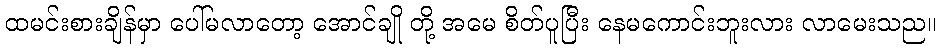
ထမင်းစားချိန်မှာ ပေါ်မလာတော့ အောင်ချို တို့ အမေ စိတ်ပူပြီး နေမကောင်းဘူးလား လာမေးသည။